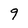
Character: 9